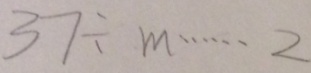
3 7 \div m \cdots 2